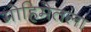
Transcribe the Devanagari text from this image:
मोहिमेतला